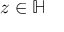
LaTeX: z \in \mathbb { H }